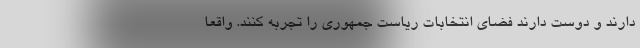
دارند و دوست دارند فضای انتخابات ریاست جمهوری را تجربه کنند. واقعا